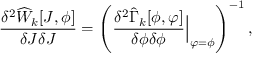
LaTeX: \frac { \delta ^ { 2 } \widehat { W } _ { k } [ J , \phi ] } { \delta J \delta J } = \left( \frac { \delta ^ { 2 } \widehat { \Gamma } _ { k } [ \phi , \varphi ] } { \delta \phi \delta \phi } { \Big | } _ { \varphi = \phi } \right) ^ { - 1 } ,